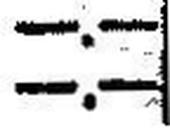
—.—